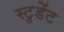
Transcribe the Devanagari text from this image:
स्टु़डेंट